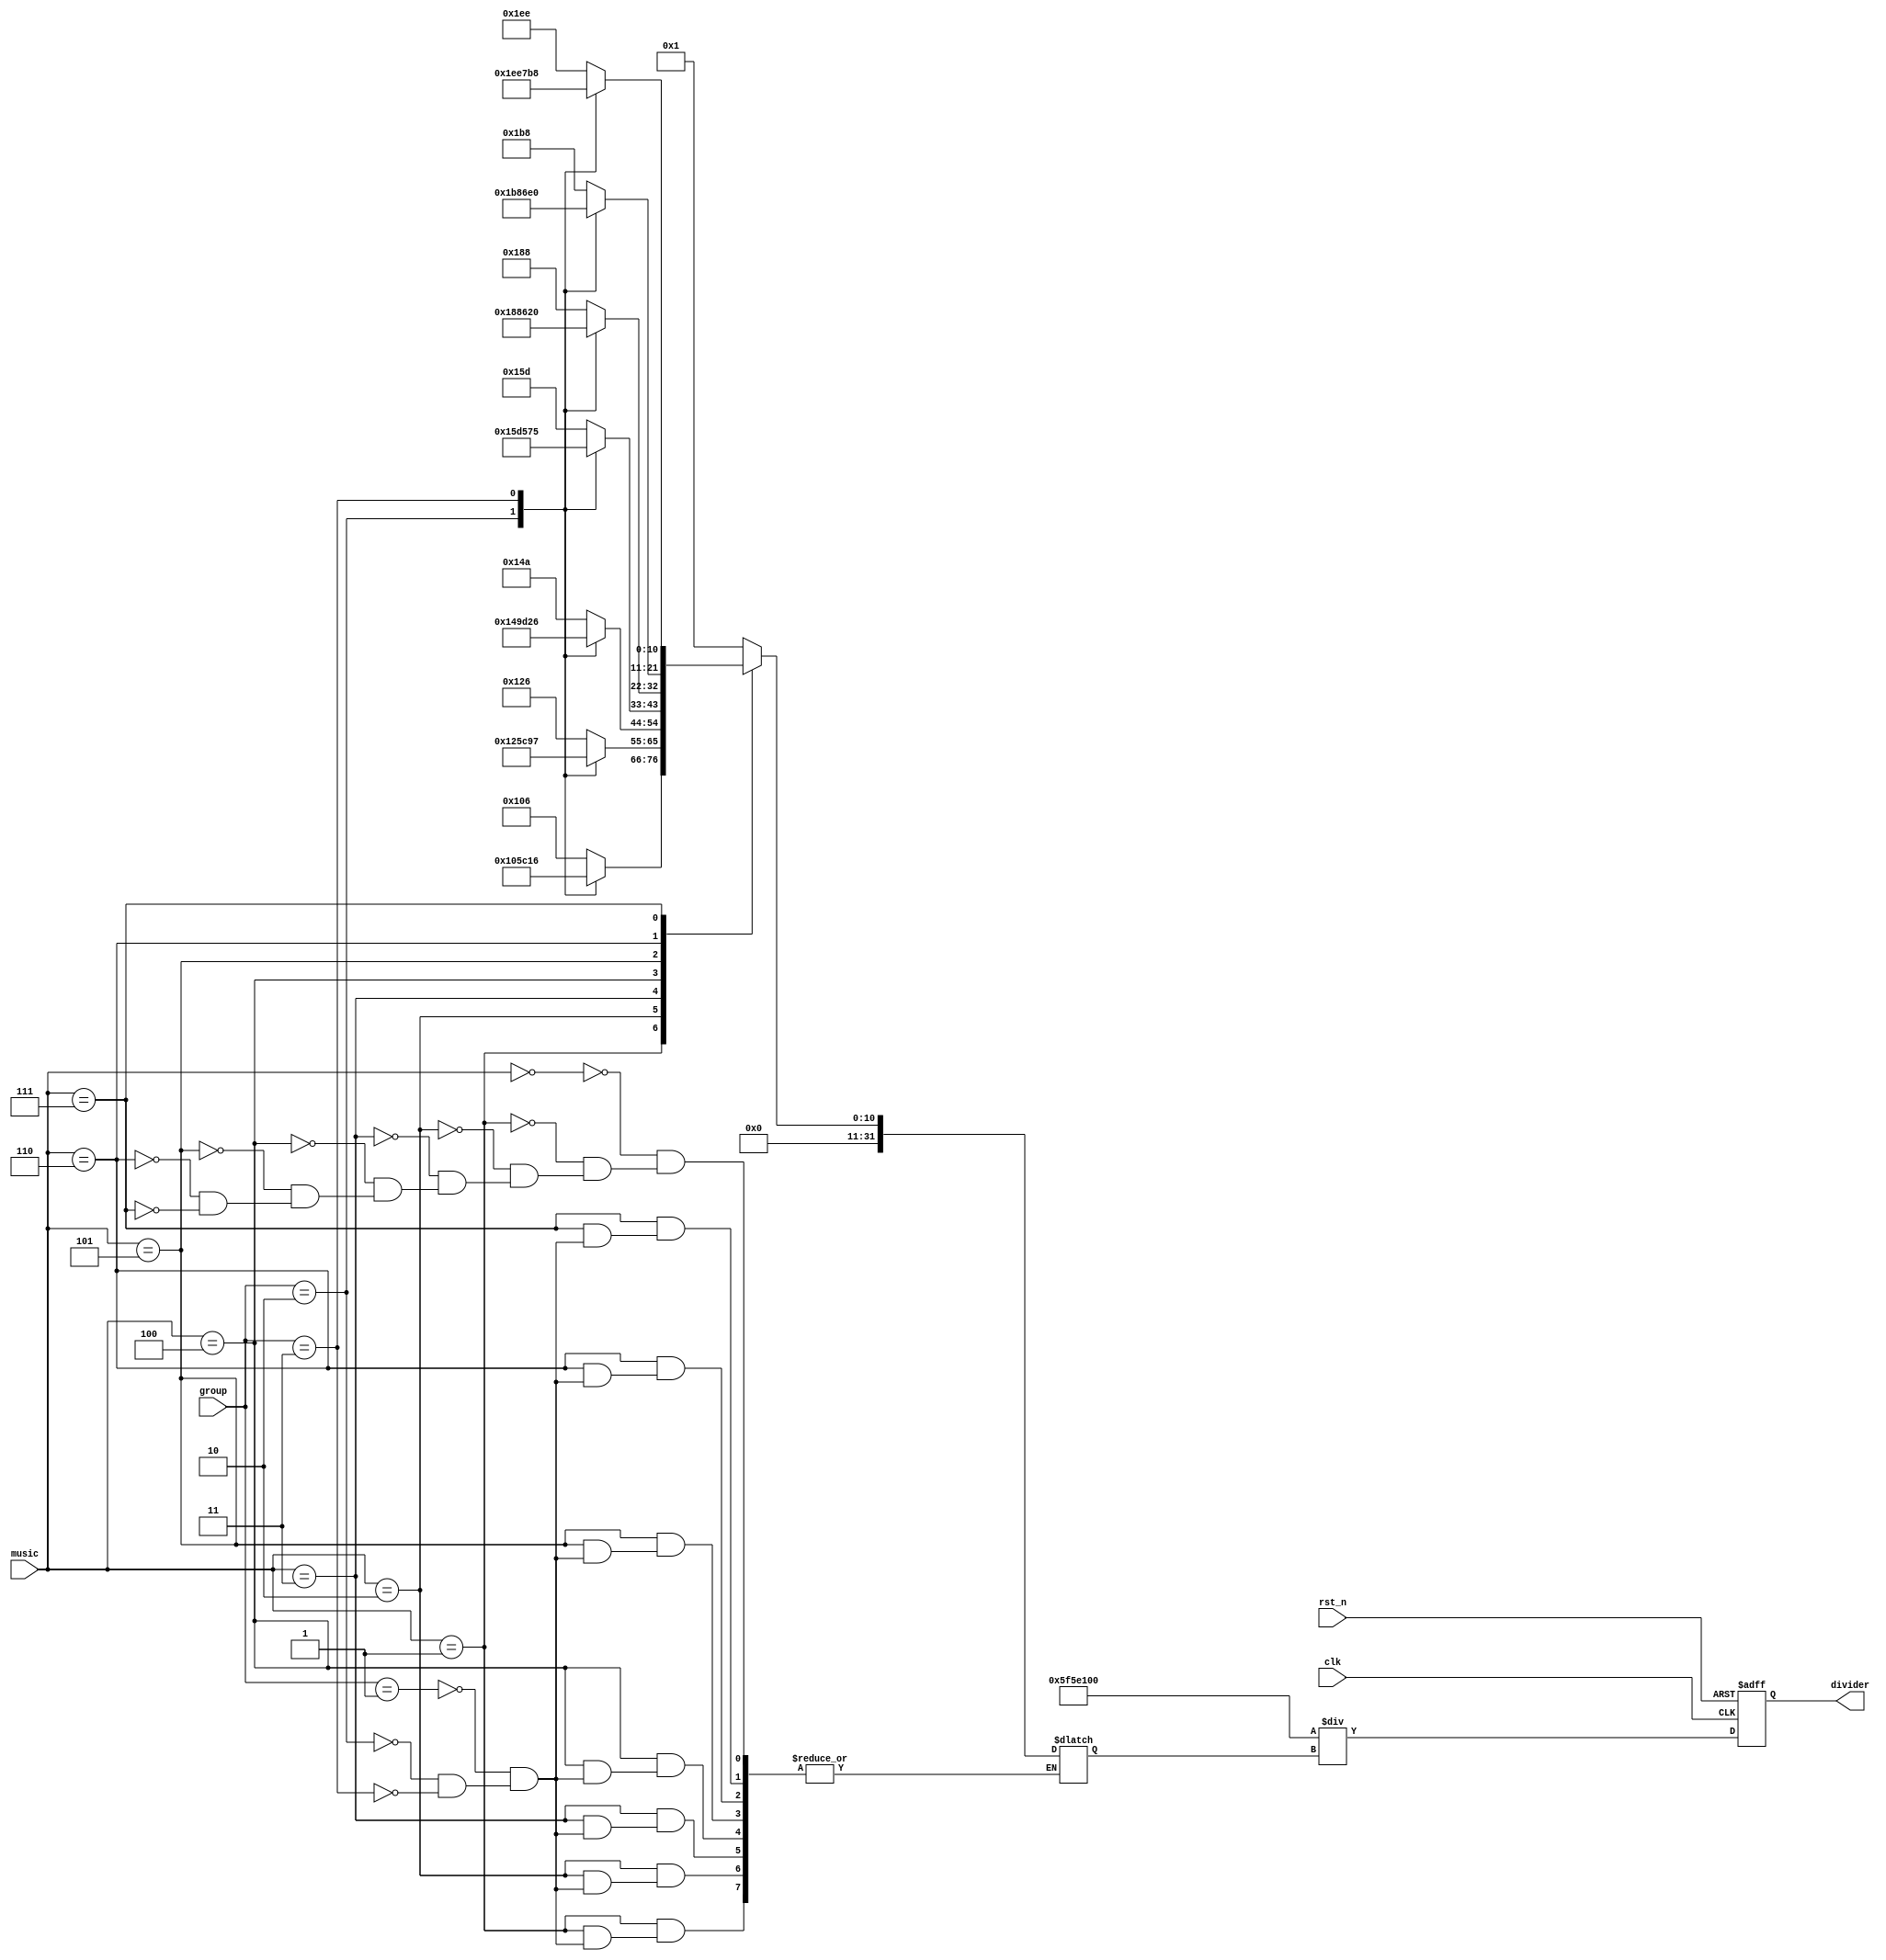
`timescale 1ns / 1ps
//////////////////////////////////////////////////////////////////////////////////
// Company: 
// Engineer: 
// 
// Design Name: 
// Module Name: Frequency_Divider
// Project Name: 
// Target Devices: 
// Tool Versions: 
// Description: 
// 
// Dependencies: 
// 
// Revision:
// Revision 0.01 - File Created
// Additional Comments:
// 
//////////////////////////////////////////////////////////////////////////////////

//
module Frequency_Divider (
    input clk,
    input rst_n,
    input [6:0] music,
    output reg [31:0] divider,
    input [1:0] group
);
  reg [31:0] frequency;
  always @(*) begin
    case (music)
      7'd0: frequency = 32'd1;  //
     
      7'd1:
      case(group)
      2'd1:frequency = 32'd262;
      2'd2:frequency = 32'd523;
      2'd3:frequency = 32'd1046;
      endcase
      7'd2:
      case(group)
      2'd1:frequency = 32'd294;
      2'd2:frequency = 32'd587;
      2'd3:frequency = 32'd1175;
      endcase
      7'd3:
      case(group)
      2'd1:frequency = 32'd330;
      2'd2:frequency = 32'd659;
      2'd3:frequency = 32'd1318;
      endcase
      7'd4:
      case(group)
      2'd1:frequency = 32'd349;
      2'd2:frequency = 32'd698;
      2'd3:frequency = 32'd1397;
      endcase
      7'd5:
      case(group)
      2'd1:frequency = 32'd392;
      2'd2:frequency = 32'd784;
      2'd3:frequency = 32'd1568;
      endcase
      7'd6:
      case(group)
      2'd1:frequency = 32'd440;
      2'd2:frequency = 32'd880;
      2'd3:frequency = 32'd1760;
      endcase
      7'd7:
      case(group)
      2'd1:frequency = 32'd494;
      2'd2:frequency = 32'd988;
      2'd3:frequency = 32'd1976;
      endcase
      
      
    endcase
  end

  always @(posedge clk, negedge rst_n) begin
    if (~rst_n) divider <= 32'd1_0000_0000;
    else divider <= 32'd1_0000_0000 / frequency;
  end



endmodule